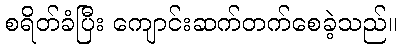
စရိတ်ခံပြီး ကျောင်းဆက်တက်စေခဲ့သည်။